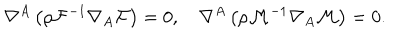
\nabla ^ { A } \left( \rho { \cal F } ^ { - 1 } \nabla _ { A } { \cal F } \right) = 0 , \quad \nabla ^ { A } \left( \rho { \cal M } ^ { - 1 } \nabla _ { A } { \cal M } \right) = 0 .